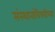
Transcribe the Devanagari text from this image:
संस्थानांविषयीच्या